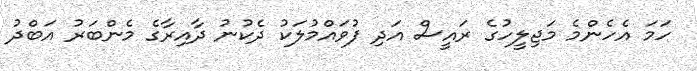
ހަމަ އެހެންމެ މަޖިލީހުގެ ރައީސް އަދި ފުވައްމުލަކު ދެކުނު ދާއިރާގެ މެންބަރު އަބްދު